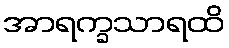
အာရက္ခသာရထိ